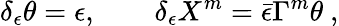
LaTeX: \delta_{\epsilon}\theta=\epsilon,\qquad\delta_{\epsilon}X^{m}=\bar{\epsilon}\Gamma^{m}\theta\ ,